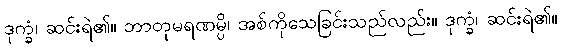
ဒုက္ခံ၊ ဆင်းရဲ၏။ ဘာတုမရဏမ္ပိ၊ အစ်ကိုသေခြင်းသည်လည်း။ ဒုက္ခံ၊ ဆင်းရဲ၏။